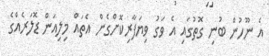
އެ ނޫހުން ބުނި ގޮތުގައި އެ ވަގު ވިޔަފާރިކޮށްގެން އެތައް މިލިއަން ޑޮލަރެއްގެ